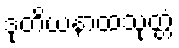
ဒုတိယနာထသုတ္တံ